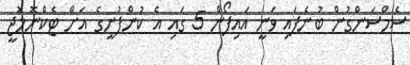
ސެމްސަންގުން ބުނެފައި ވަނީ އައިފޯން 5 ގައި އެ ކުންފުނީގެ އަށް ޓެކްނޮލޮޖީ